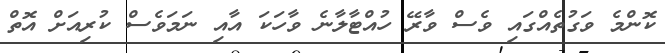
ކޮންމެ ވަގުތެއްގައި ވެސް ވާރޭ ހުއްޓާލާނެ ވާހަކަ އާއި ނަމަވެސް ކުރިއަށް އޮތް